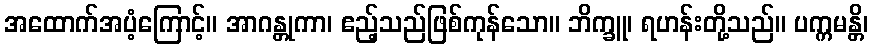
အထောက်အပံ့ကြောင့်။ အာဂန္တုကာ၊ ဧည့်သည်ဖြစ်ကုန်သော။ ဘိက္ခူ၊ ရဟန်းတို့သည်။ ပက္ကမန္တိ၊